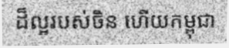
ដ៏ល្អរបស់ចិន ហើយកម្ពុជា